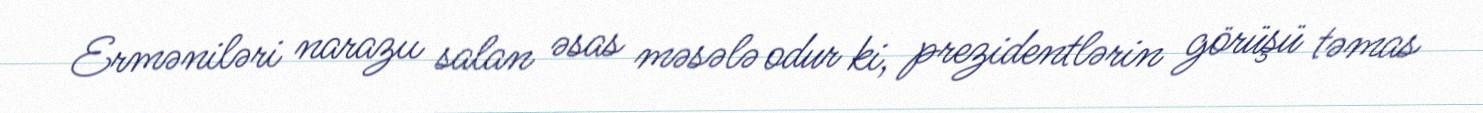
Erməniləri narazıı salan əsas məsələ odur ki, prezidentlərin görüşü təmas